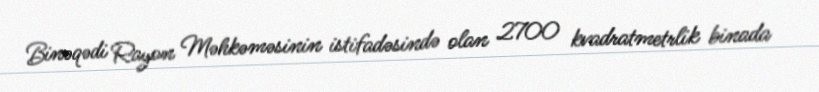
Binəqədi Rayon Məhkəməsinin istifadəsində olan 2700 kvadratmetrlik binada